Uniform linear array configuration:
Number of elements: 16
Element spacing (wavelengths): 0.5
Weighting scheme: blackman
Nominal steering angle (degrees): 30
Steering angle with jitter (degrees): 30.744
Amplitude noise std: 0.05
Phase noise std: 0.05

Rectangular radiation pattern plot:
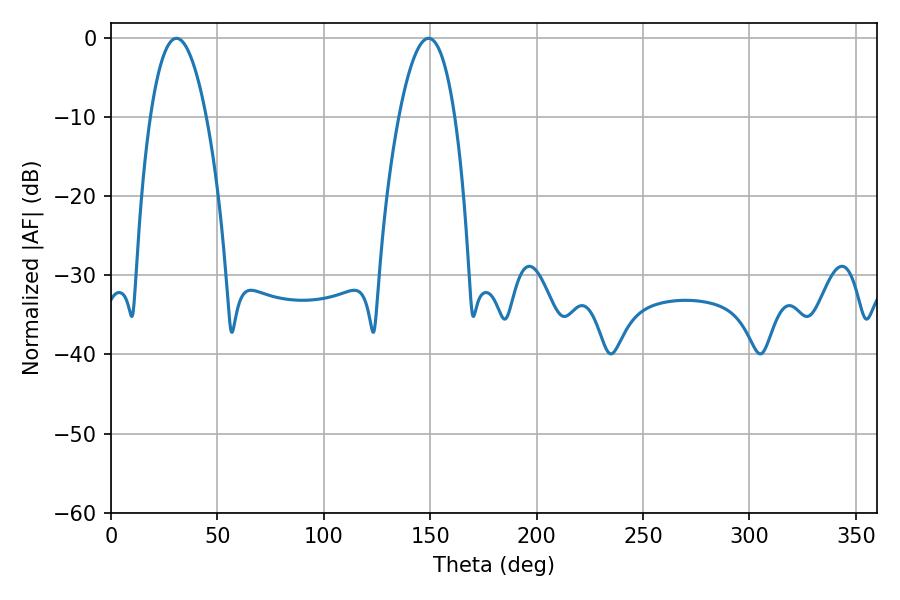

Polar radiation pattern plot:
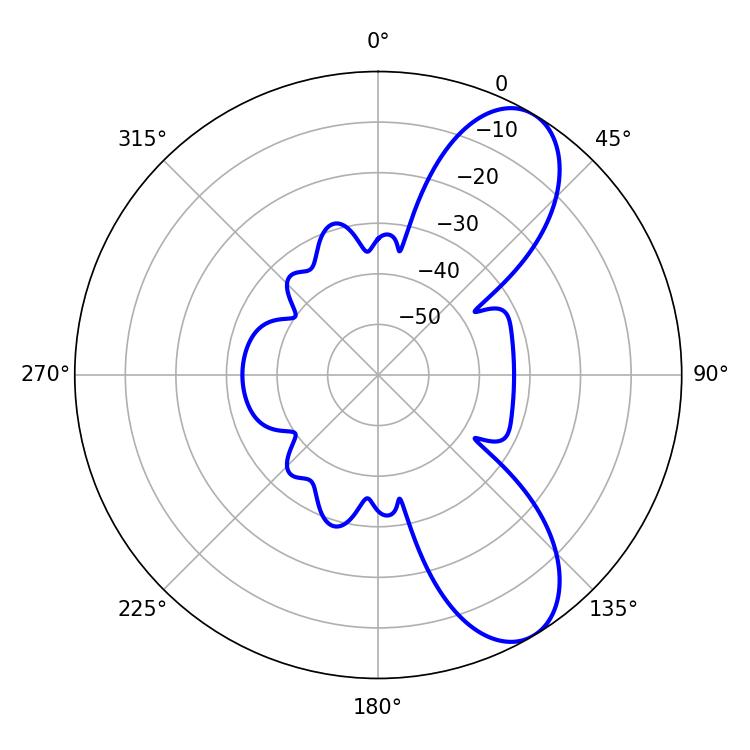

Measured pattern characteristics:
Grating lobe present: FALSE
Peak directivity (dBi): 8.544
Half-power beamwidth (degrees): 14.58
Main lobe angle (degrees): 30.78